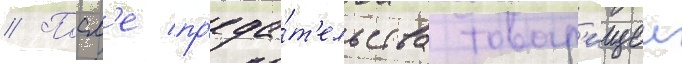
// Посл'е пр'еда́т'ельства товар'ищеи